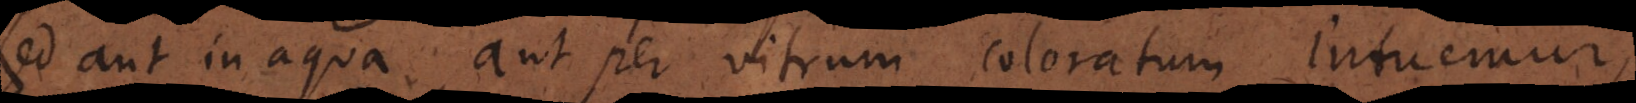
sed aut in aqua aut per vitrum coloratum intuemur;